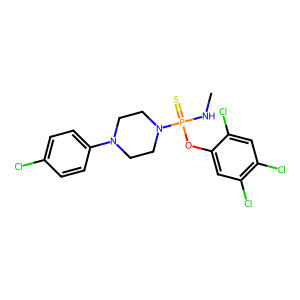
SMILES: CNP(=S)(Oc1cc(Cl)c(Cl)cc1Cl)N1CCN(c2ccc(Cl)cc2)CC1
Inhibits HIV replication: No